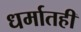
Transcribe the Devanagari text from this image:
धर्मातही